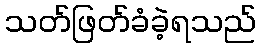
သတ်ဖြတ်ခံခဲ့ရသည်